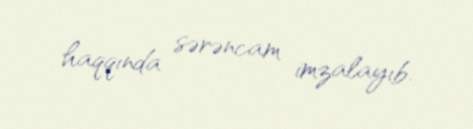
haqqında sərəncam imzalayıb.